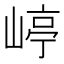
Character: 嵉